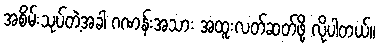
အစိမ်းသုပ်တဲ့အခါ ဂဏန်းအသား အထူးလတ်ဆတ်ဖို့ လိုပါတယ်။